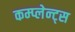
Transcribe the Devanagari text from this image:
कम्प्लेन्ट्स